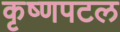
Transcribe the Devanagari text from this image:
कृष्णपटल